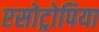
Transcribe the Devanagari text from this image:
एसोट्रोपिया